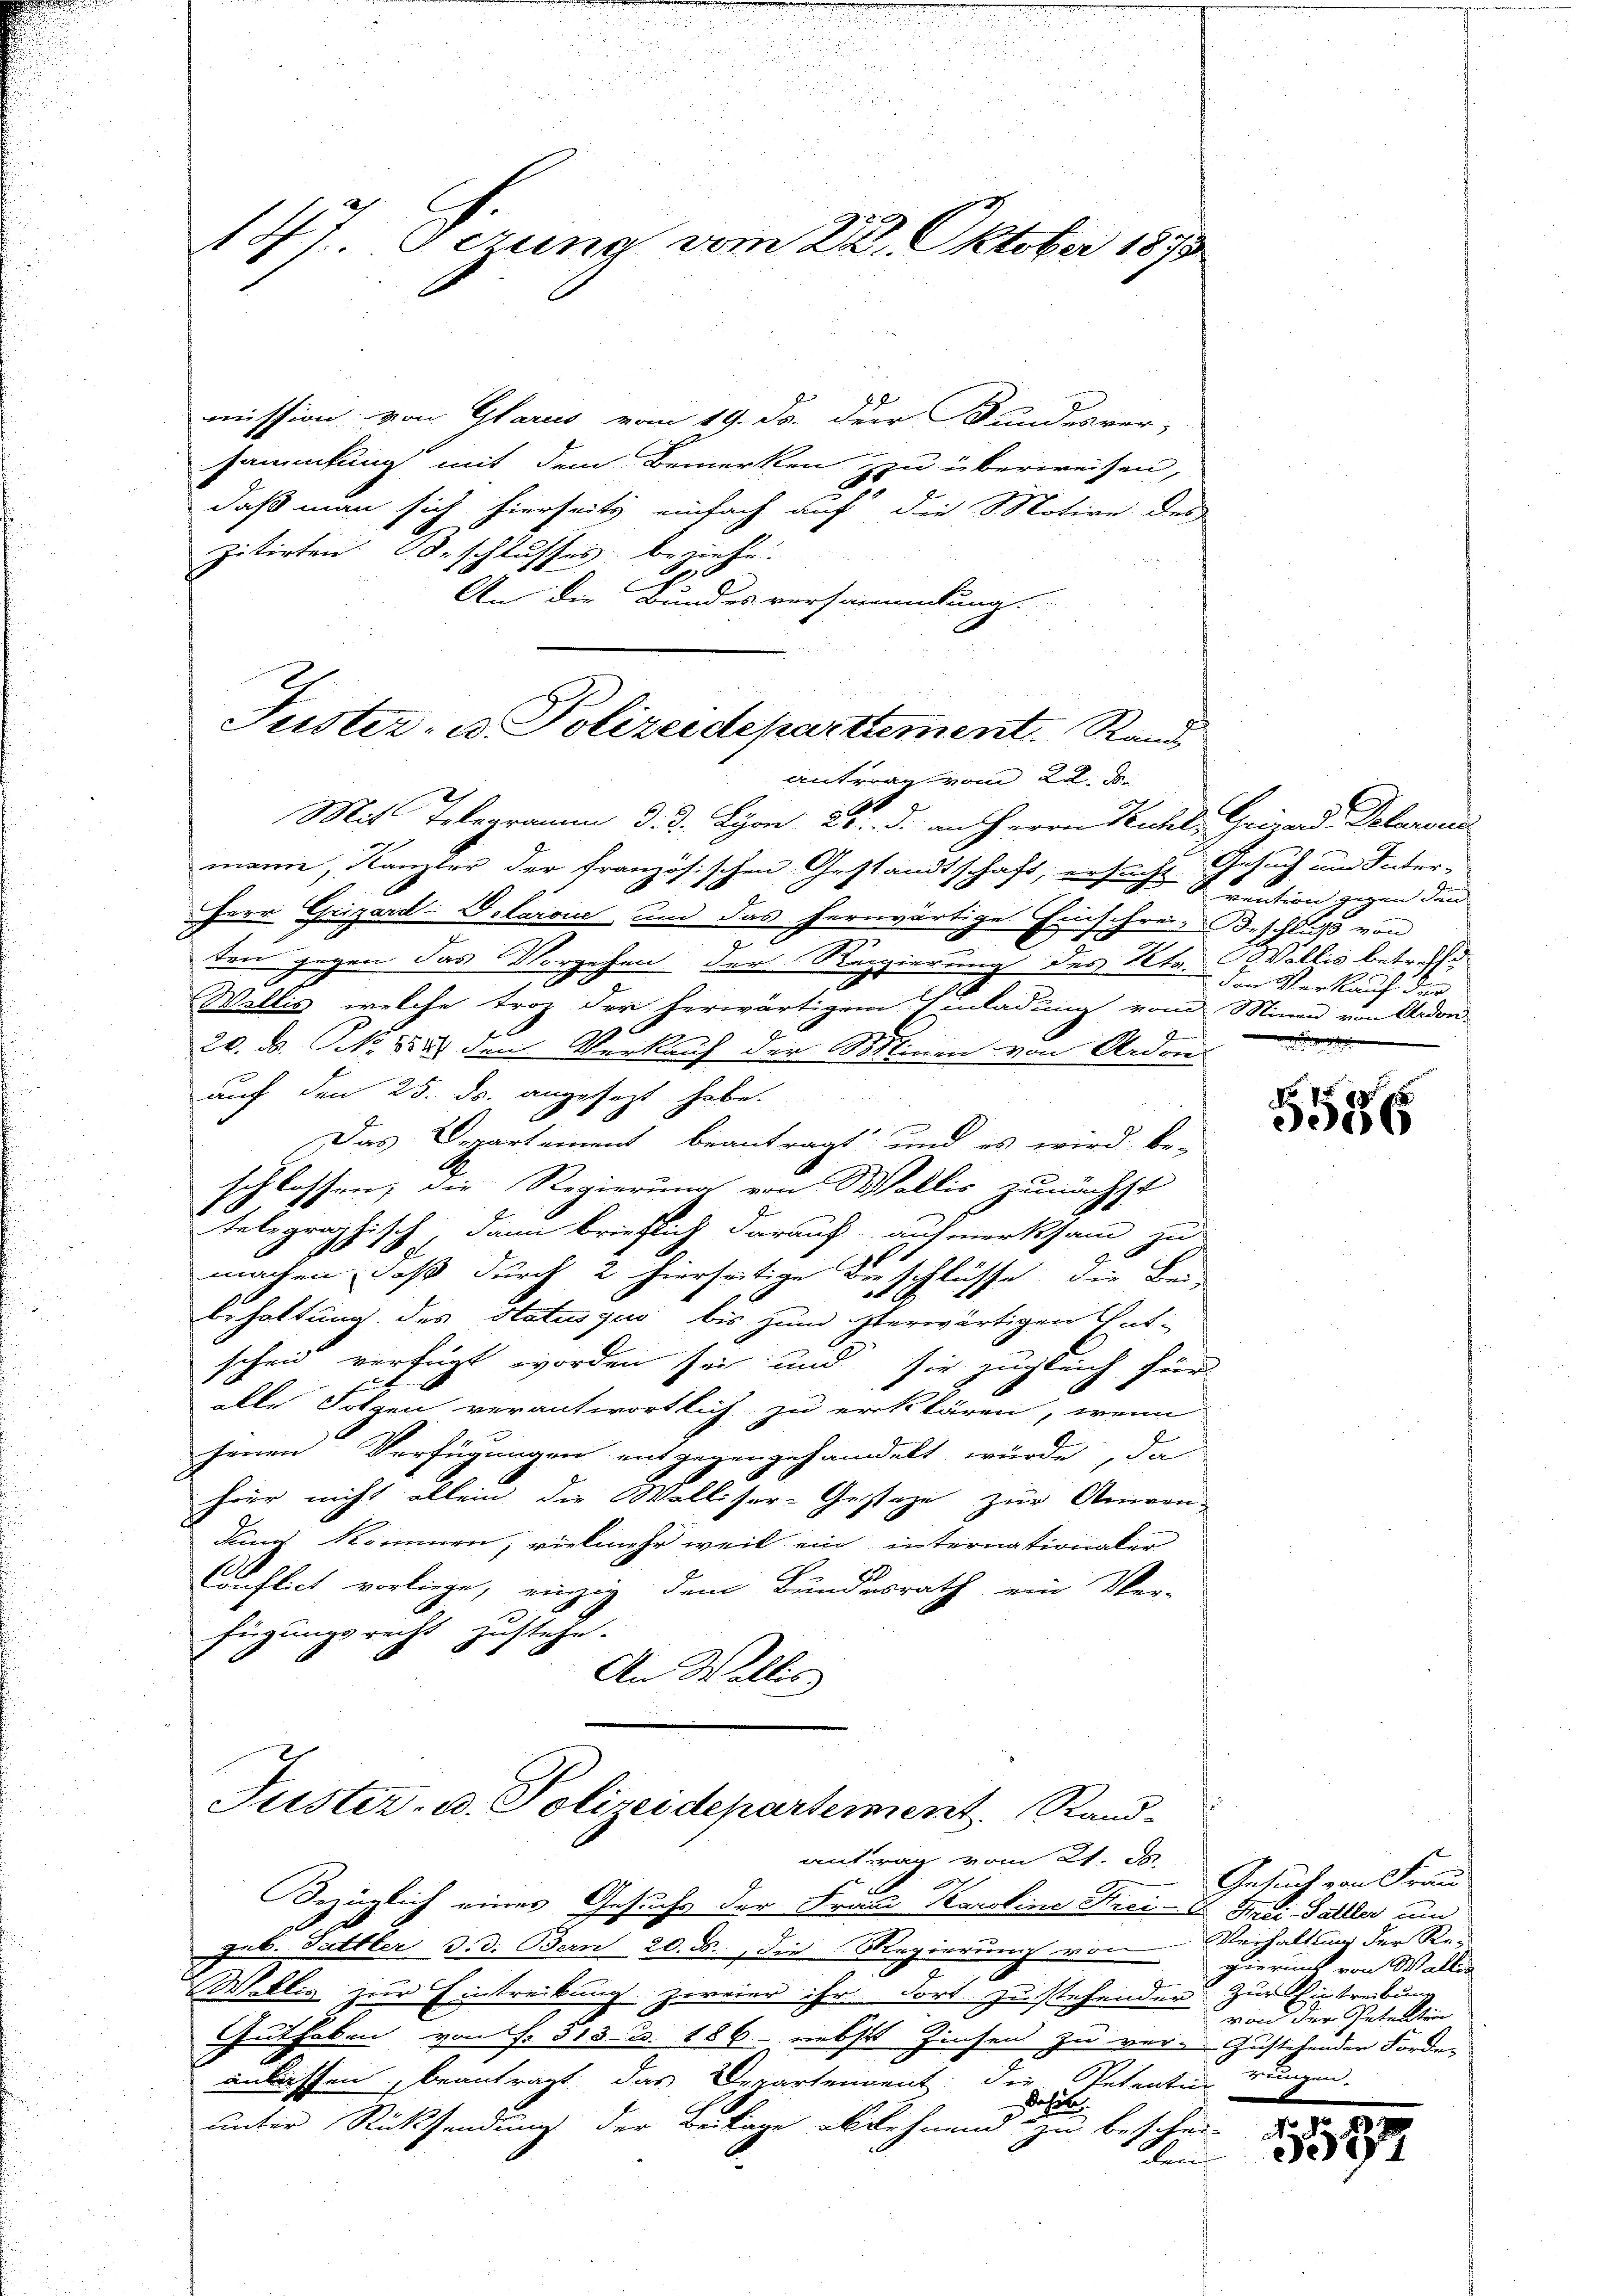
147. Sezung vom 28. Oktober 1873

mission: von Glarus vom 19. d. der Bundesver-
sammlung mit dem Bemerken zu überweisen,
.
daß man sich hierseits einfach auf die Motive des
zitirten Beschlusses beziehe.
An die Bundesversammlung
Tuster- u. Polizeideparttement. Rand

antrag vom 28. d.
Mit Telegramm d. d. Lyon 20. d. an Herrn Kuchel, Grizad Delarou
mann, Kanzler der französischen Gestandtschaft, ersucht Gesuch um Inter-
Herr Grizard-Velaroi, und das herwärtige Einschrei-Geschluß von
3
e
ten gegen das Vorgehen der Regierung des Kts. Wallis betreffe
Wallis, welche troz der herwärtigem Einladung vom Minen von Anden-
27
20. d. NNo. 1889 den Verkauf der Minin von Ardon
auf den 25. ds. angesezt habe.
e
Das Departement beantragt und es wird be-
schlossen, die Regierung von Wallis zunächst
telegraphisch, dann brieflich darauf aufmerksam zu
machen, daß durch 2 hierseitige Verschlüsse, die Bei
behaltung des Statusquo bis zum herwärtigen Ent-
scheid verfügt worden sei und sie zugleich für
alle Folgen verantwortlich zu erklären, wenn
jenen Verfügungen entgegengehandelt würde, da
hier nicht allein die Walliser-Gestage zur Aneren-
Kind kommen, vielmehr weil ein internationaler
Konflich vorliege, einzig dem Bundesrath ein Ver-
fügungsrecht zustehe.
An Wallis

Justiz- u. Polizeidepartement Rand

ausrag vom 21. d.

Bezüglich eines Gesuchs der Frau Karoline Nici G. Frei Sattler und
geb. Tattter d. d. Bern 20. ds., die Regierung von hieraus von Wallis
Wellig zur Eintreibung zweier ihr dort zu stehenden Zur Eintreibun
Guthaben von f. 513 u. 186. nebst Zinsen zu verzustehender Forde-
anlassen, beantragt: das Departendent die Petentin
dahin
unter Rücksendung der Beklage ablehnend zu beschei
Ken

vention gegen den
den Verkauf der
e

5536

Gesuch von Frau
Verhaltung der Revon der Petellten
rungen.

1527